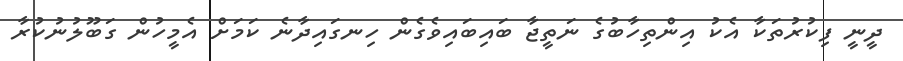
ދީނީ ފިކުރުތަކާ އެކު އިންތިހާބުގެ ނަތީޖާ ބައިބައިވެގެން ހިނގައިދާނެ ކަމަށް އެމީހުން ގަބޫލުނުކުރާ